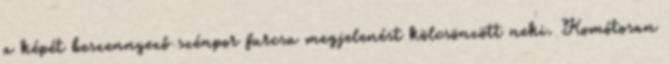
a képét beszennyező szénpor furcsa megjelenést kölcsönzött neki. Komótosan